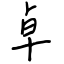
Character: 卓